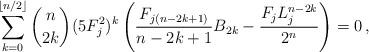
LaTeX: \begin{align*}\sum_{k=0}^{\lfloor{n}/{2}\rfloor}\binom{n}{2k} (5F_j^2)^k\left(\frac{F_{j(n-2k+1)}}{n-2k+1}{B_{2k}}-\frac{F_jL_j^{n-2k}}{2^n}\right) = 0\,,\end{align*}